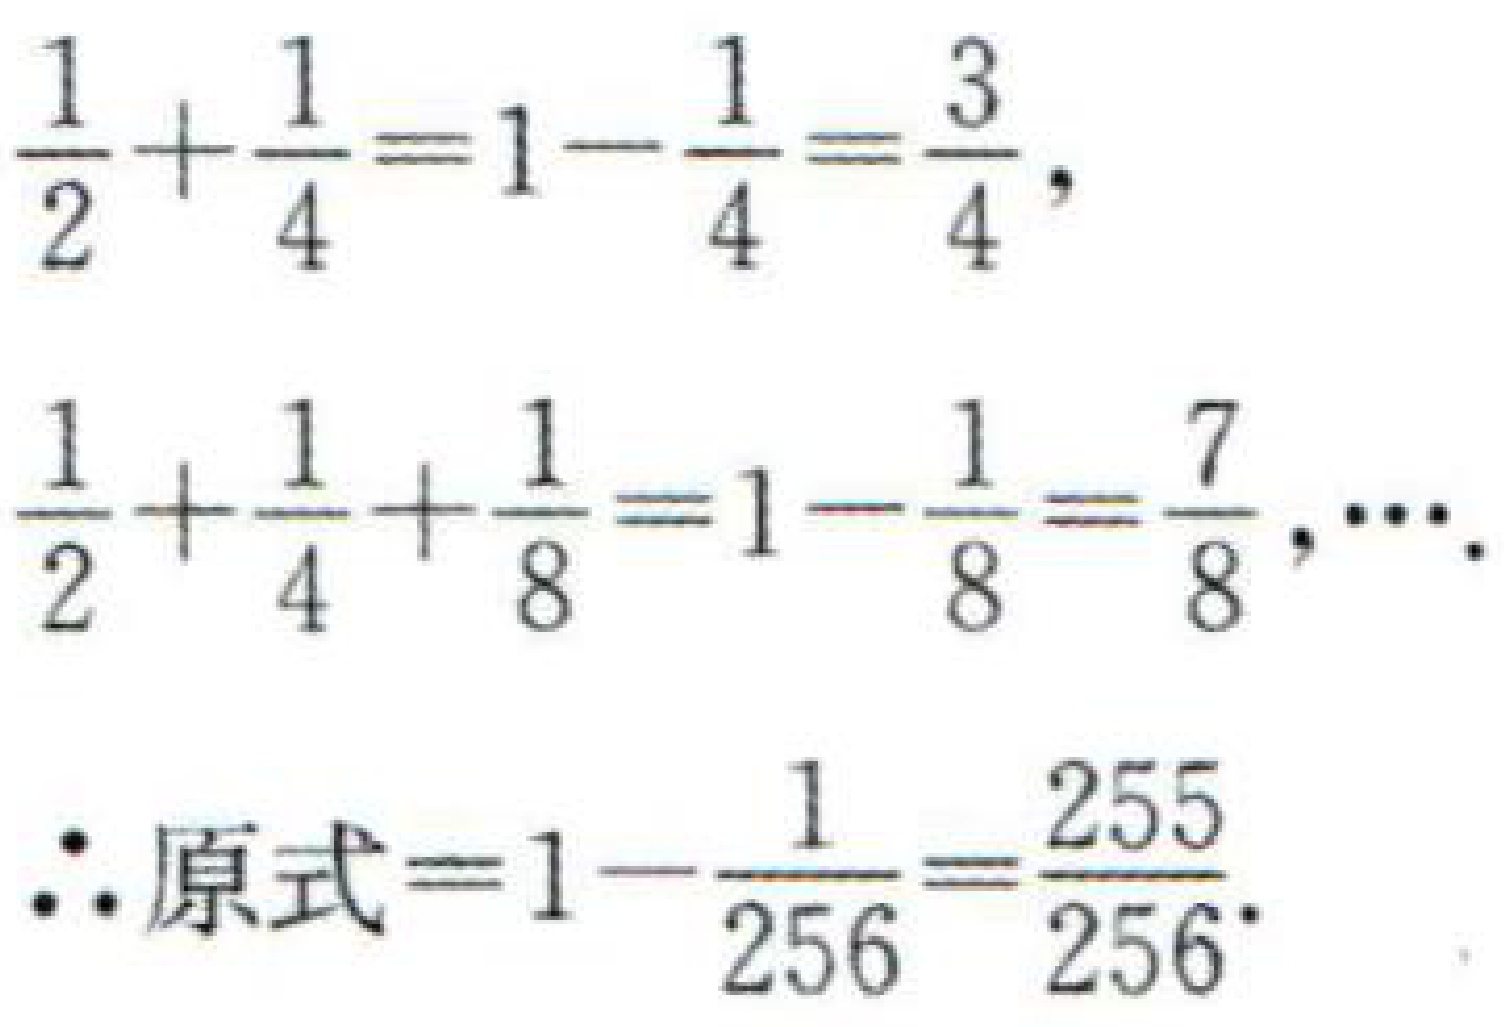
\(\frac{1}{2}+\frac{1}{4}=1 - \frac{1}{4}=\frac{3}{4},\)
\(\frac{1}{2}+\frac{1}{4}+\frac{1}{8}=1-\frac{1}{8}=\frac{7}{8},\cdots.\)
\(\therefore\)原式\(=1-\frac{1}{256}=\frac{255}{256}.\)